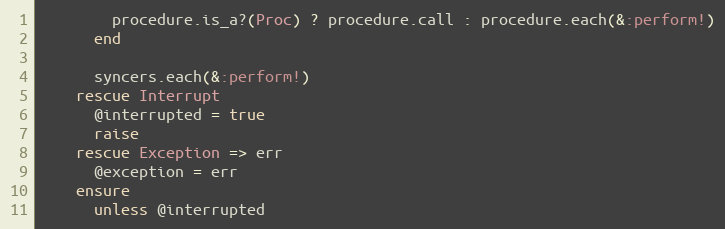
Language: Ruby
        procedure.is_a?(Proc) ? procedure.call : procedure.each(&:perform!)
      end

      syncers.each(&:perform!)
    rescue Interrupt
      @interrupted = true
      raise
    rescue Exception => err
      @exception = err
    ensure
      unless @interrupted